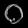
Digit: ၀